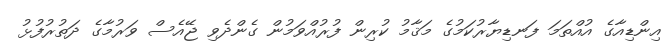
އިންޑިއާގެ އުއްތަމަ ފަނޑިޔާރުކަމުގެ މަޤާމު ކުރިން ފުރުއްވަމުން ގެންދެވި ޖޭއެސް ވަރުމާގެ ދަތުރުފުޅު